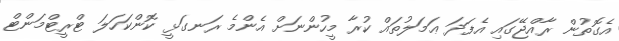
އެގޮތުން ރާއްޖޭގައި އެފަދަ ޢަމަލުތައް ކުރާ މީހުންނަށް އެންމެ ރަނގަޅީ ކޮންކަހަލަ ޓްރީޓްމަންޓް